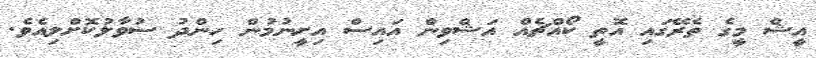
އީޝް މީގެ ތެރޭގައި އޮތީ ކޯއްޗެއް އަޝްވިން އައިސް އިށީނުމުން ހިންދު ސުވާލުކޮށްލިއެވެ.